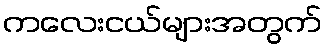
ကလေးငယ်များအတွက်